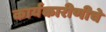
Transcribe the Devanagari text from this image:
कार्यकारीणीचे